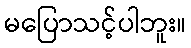
မပြောသင့်ပါဘူး။